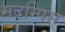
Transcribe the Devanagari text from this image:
मदम्पिस्